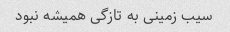
سیب زمینی به تازگی همیشه نبود